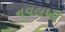
નવલખી